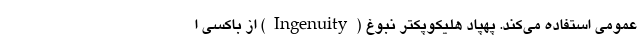
عمومی استفاده می‌کند. پهپاد هلیکوپکتر نبوغ (Ingenuity) از باکسی ا